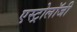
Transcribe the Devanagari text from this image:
एस्‍ट्रोलॉजी